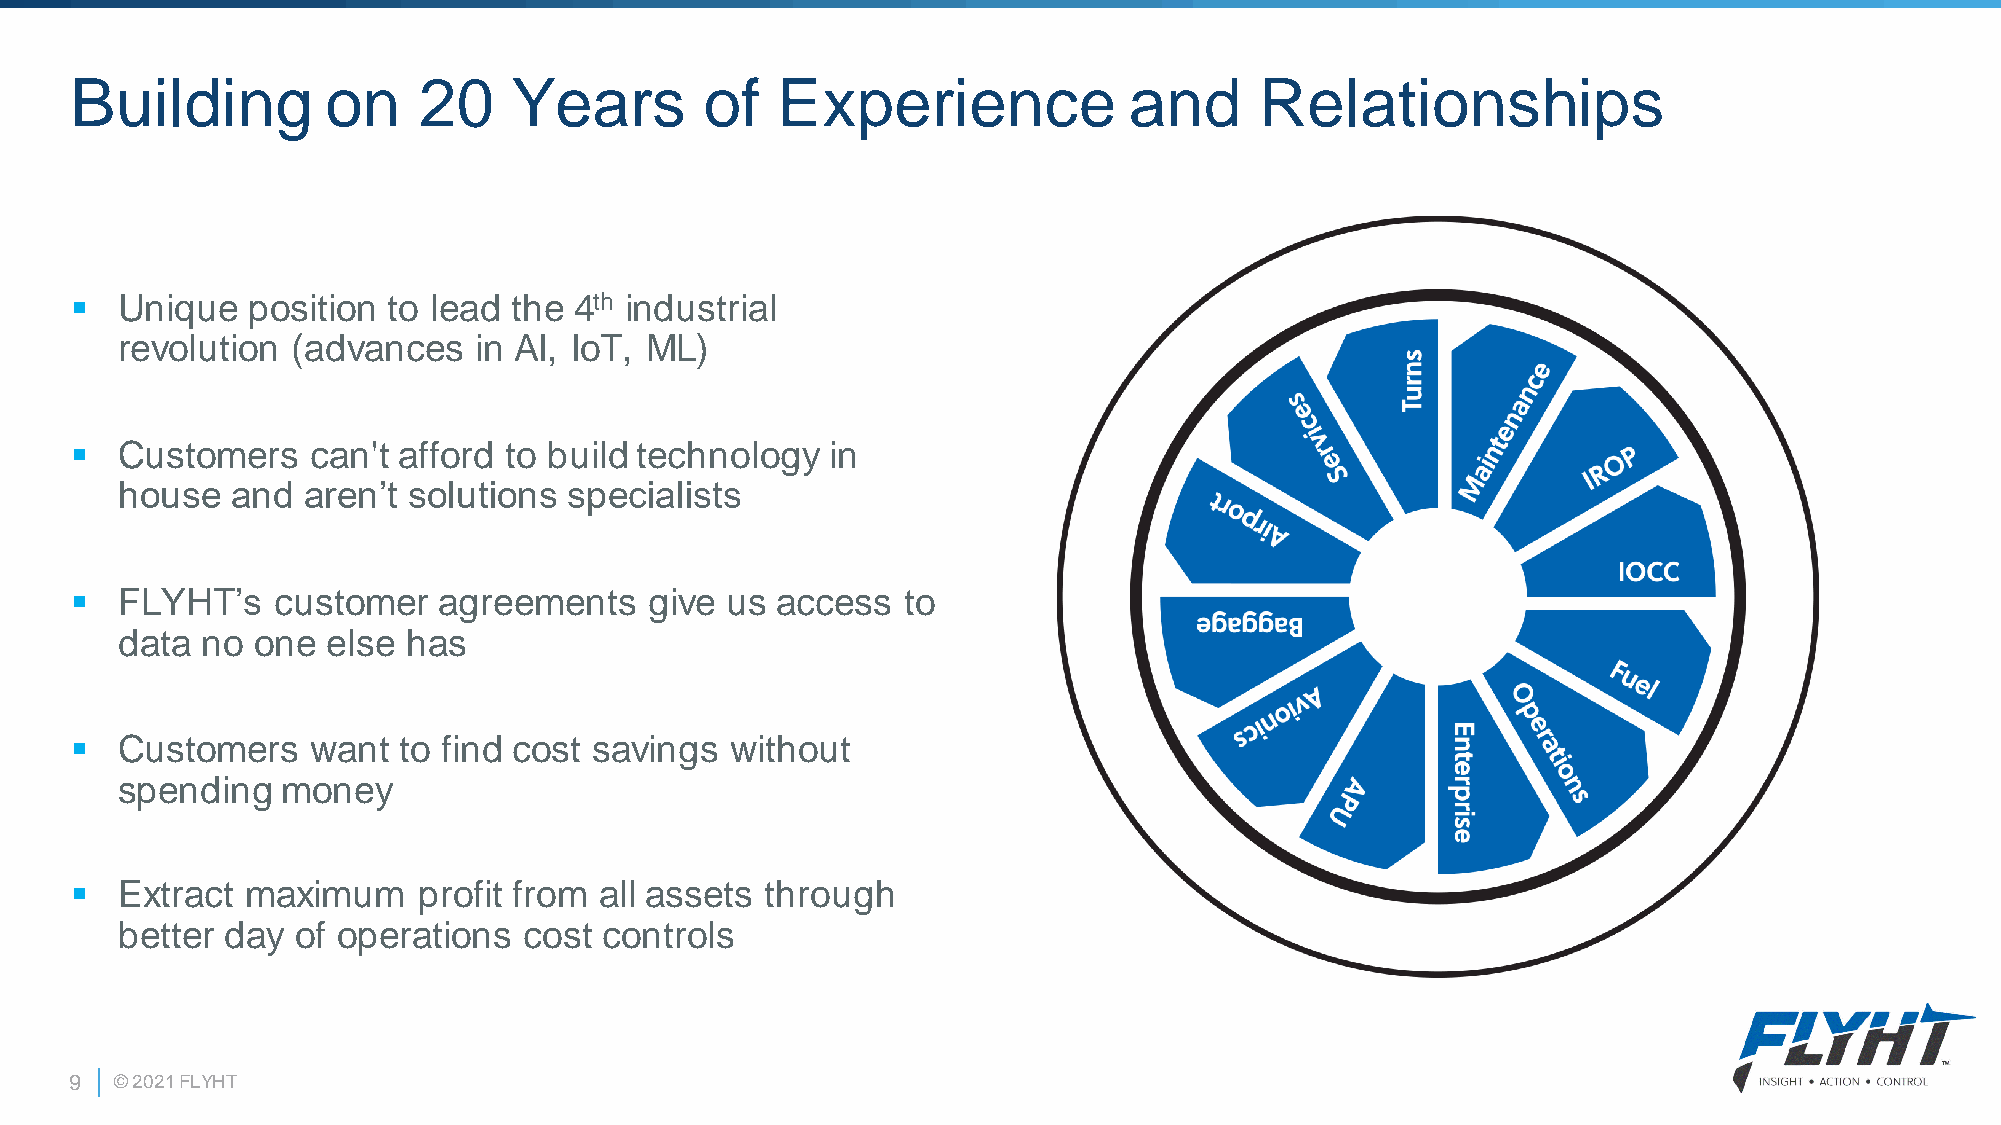
Building         on    20    Years        of  Experience              and     Relationships
 ▪  Unique  position  to lead the 4th industrial
 revolution (advances   in AI, IoT, ML)
 ▪  Customers    can't afford to build technology  in
 house  and  aren’t solutions  specialists
 ▪  FLYHT’s   customer   agreements    give us access   to
 data no  one  else has
 ▪  Customers    want to find cost savings  without
 spending   money
 ▪  Extract maximum     profit from all assets through
 better day  of operations  cost controls
 9  © 2021 FLYHT